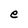
Character: e